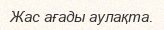
Жас ағады аулақта.